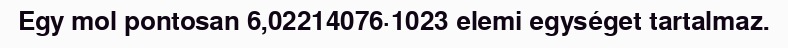
Egy mol pontosan 6,02214076·1023 elemi egységet tartalmaz.